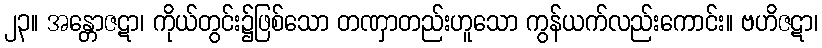
၂၃။ အန္တောဇဋာ၊ ကိုယ်တွင်း၌ဖြစ်သော တဏှာတည်းဟူသော ကွန်ယက်လည်းကောင်း။ ဗဟိဇဋာ၊